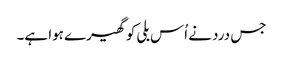
جس درد نے اُس بلی کو گھیرے ہوا ہے۔